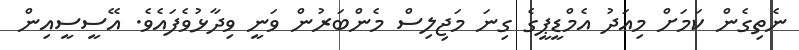
ނެތިގެން ކަމަށް މިއަދު އެމްޑީޕީގެ ގިނަ މަޖިލިސް މެންބަރުން ވަނީ ވިދާޅުވެފައެވެ. އޭސީސީއިން